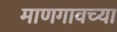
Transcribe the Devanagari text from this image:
माणगावच्या